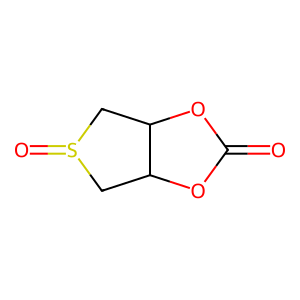
SMILES: O=C1OC2CS(=O)CC2O1
Inhibits HIV replication: No